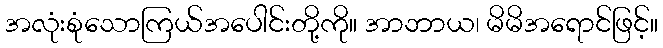
အလုံးစုံသောကြယ်အပေါင်းတို့ကို။ အာဘာယ၊ မိမိအရောင်ဖြင့်။